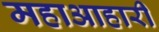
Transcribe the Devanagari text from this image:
महाआहारी